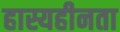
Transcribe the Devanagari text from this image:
हास्यहीनता